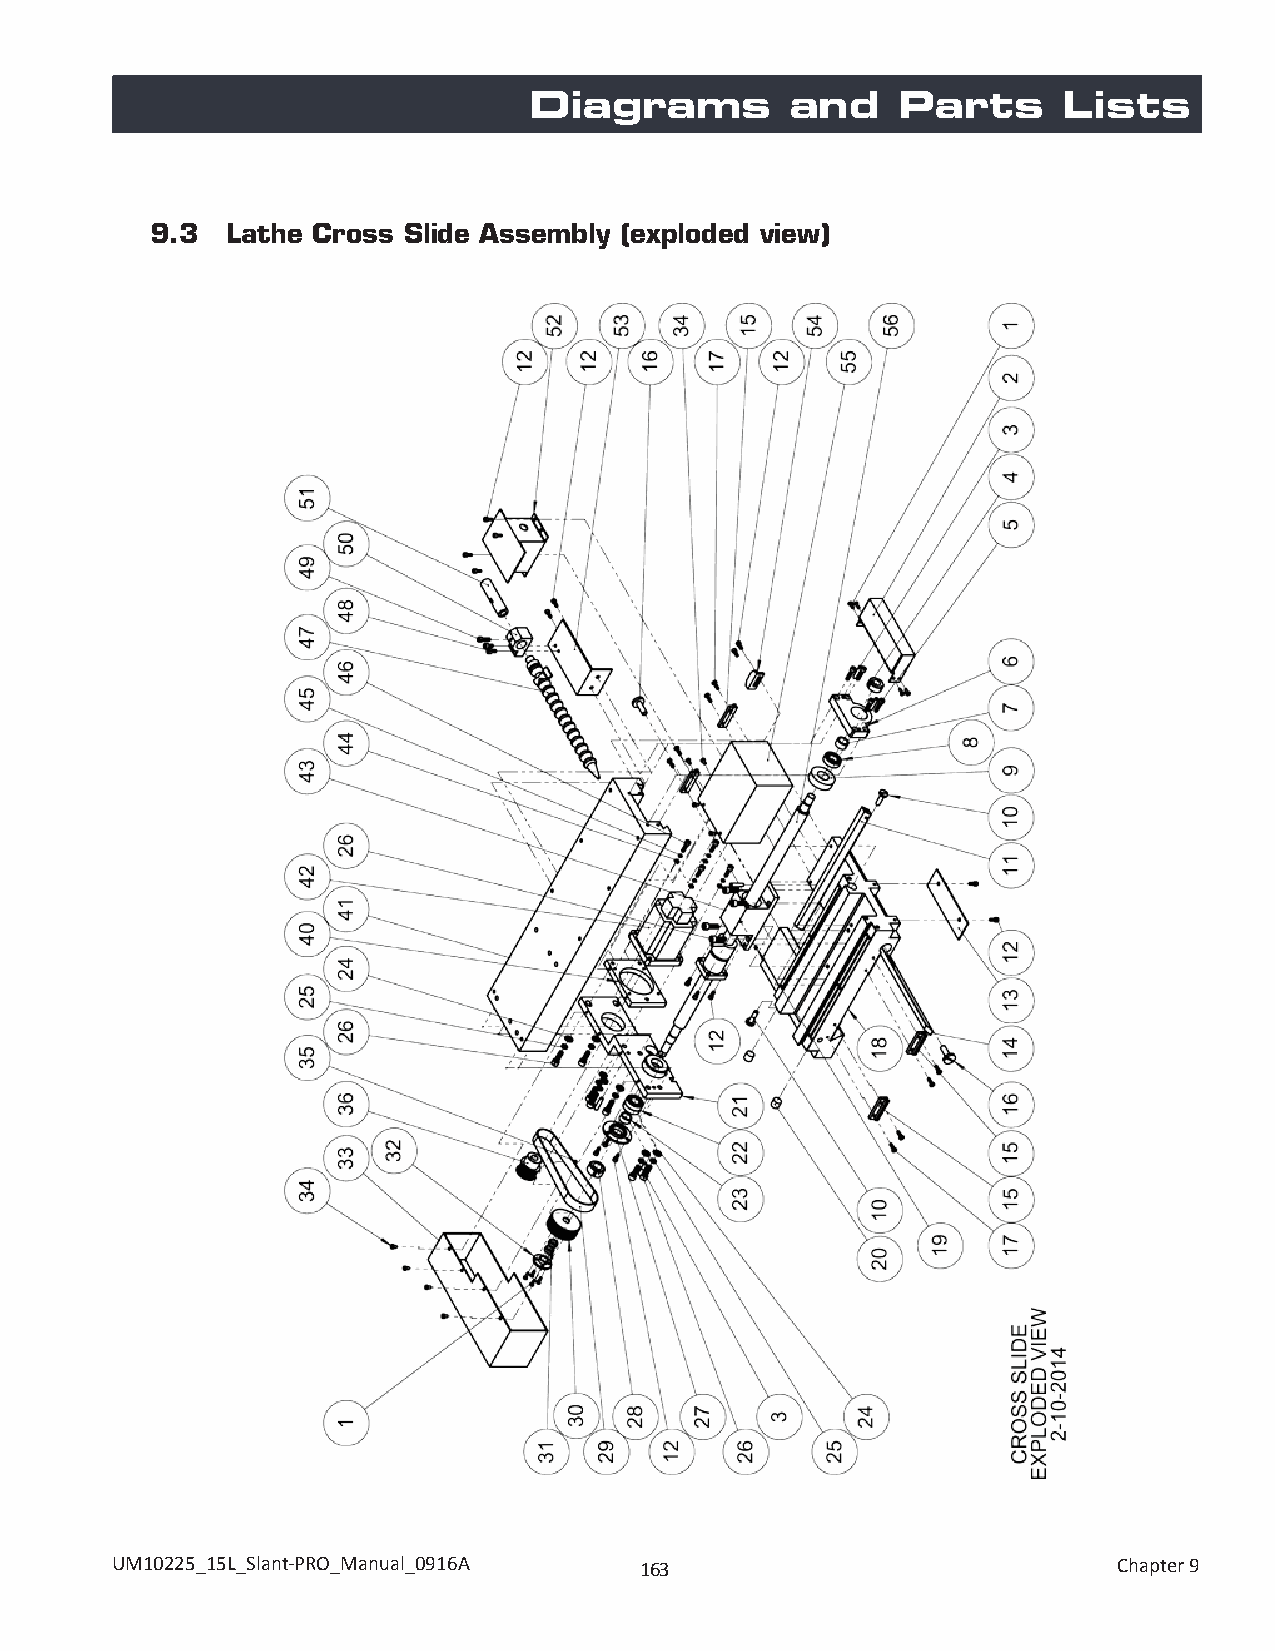
Diagrams         and     Parts     Lists
 9.3  Lathe Cross Slide Assembly (exploded view)
 UM10225_15L_Slant-PRO_Manual_0916A 163                             Chapter 9